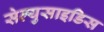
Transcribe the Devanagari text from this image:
सेल्युसाइडिस